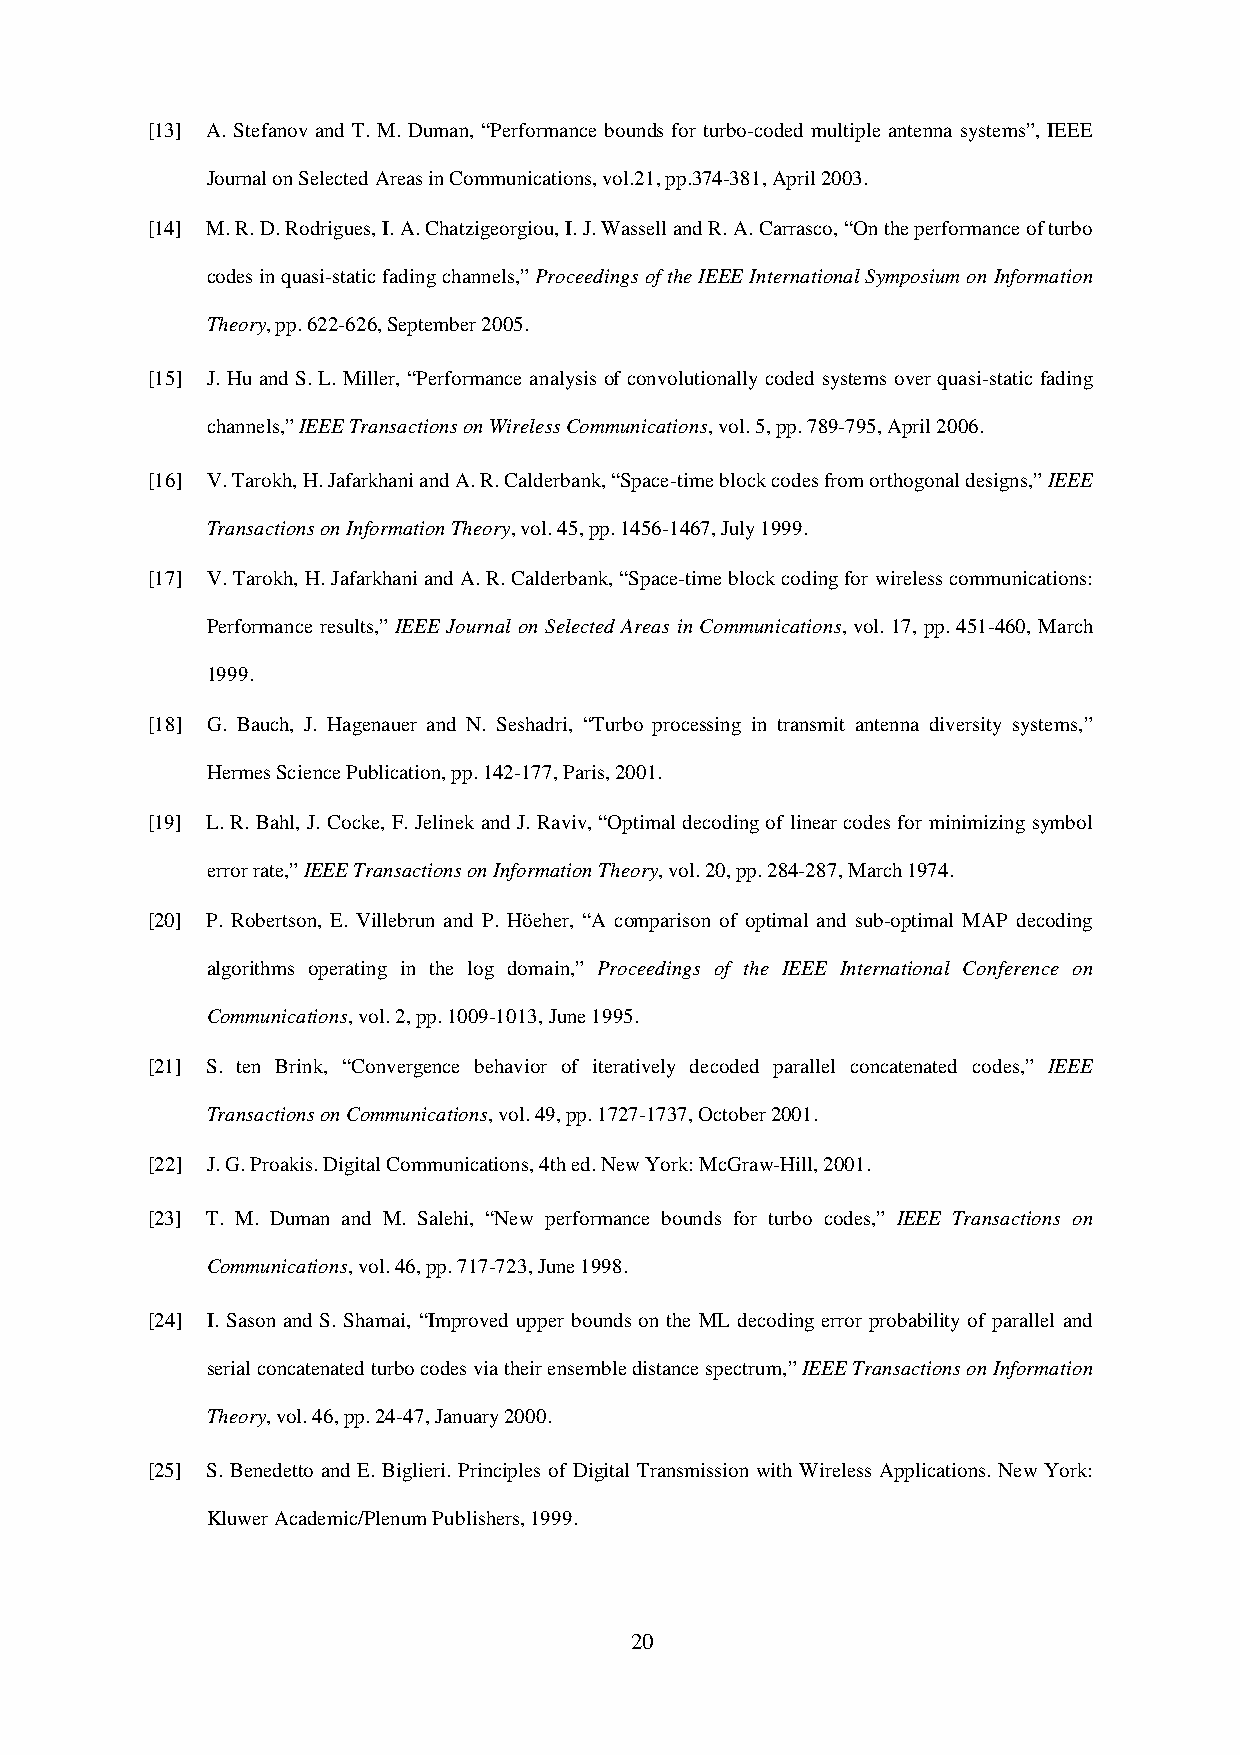
[13] A. Stefanov and T. M. Duman, “Performance bounds for turbo-coded multiple antenna systems”, IEEE
 Journal on Selected Areas in Communications, vol.21, pp.374-381, April 2003.
 [14] M. R. D. Rodrigues, I. A. Chatzigeorgiou, I. J. Wassell and R. A. Carrasco, “On the performance of turbo
 codes in quasi-static fading channels,” Proceedings of the IEEE International Symposium on Information
 Theory, pp. 622-626, September 2005.
 [15] J. Hu and S. L. Miller, “Performance analysis of convolutionally coded systems over quasi-static fading
 channels,” IEEE Transactions on Wireless Communications, vol. 5, pp. 789-795, April 2006.
 [16] V. Tarokh, H. Jafarkhani and A. R. Calderbank, “Space-time block codes from orthogonal designs,” IEEE
 Transactions on Information Theory, vol. 45, pp. 1456-1467, July 1999.
 [17] V. Tarokh, H. Jafarkhani and A. R. Calderbank, “Space-time block coding for wireless communications:
 Performance results,” IEEE Journal on Selected Areas in Communications, vol. 17, pp. 451-460, March
 1999.
 [18] G. Bauch, J. Hagenauer and N. Seshadri, “Turbo processing in transmit antenna diversity systems,”
 Hermes Science Publication, pp. 142-177, Paris, 2001.
 [19] L. R. Bahl, J. Cocke, F. Jelinek and J. Raviv, “Optimal decoding of linear codes for minimizing symbol
 error rate,” IEEE Transactions on Information Theory, vol. 20, pp. 284-287, March 1974.
 [20] P. Robertson, E. Villebrun and P. Höeher, “A comparison of optimal and sub-optimal MAP decoding
 algorithms operating in the log domain,” Proceedings of the IEEE International Conference on
 Communications, vol. 2, pp. 1009-1013, June 1995.
 [21] S. ten Brink, “Convergence behavior of iteratively decoded parallel concatenated codes,” IEEE
 Transactions on Communications, vol. 49, pp. 1727-1737, October 2001.
 [22] J. G. Proakis. Digital Communications, 4th ed. New York: McGraw-Hill, 2001.
 [23] T. M. Duman and M. Salehi, “New performance bounds for turbo codes,” IEEE Transactions on
 Communications, vol. 46, pp. 717-723, June 1998.
 [24] I. Sason and S. Shamai, “Improved upper bounds on the ML decoding error probability of parallel and
 serial concatenated turbo codes via their ensemble distance spectrum,” IEEE Transactions on Information
 Theory, vol. 46, pp. 24-47, January 2000.
 [25] S. Benedetto and E. Biglieri. Principles of Digital Transmission with Wireless Applications. New York:
 Kluwer Academic/Plenum Publishers, 1999.
 20